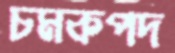
চমকপদ